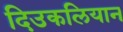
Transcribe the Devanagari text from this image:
दिउकलियान